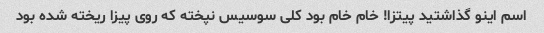
اسم اینو گذاشتید پیتزا! خام خام بود کلی سوسیس نپخته که روی پیزا ریخته شده بود